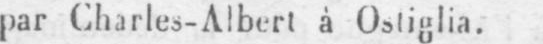
par Charles-Albert à Ostiglia.